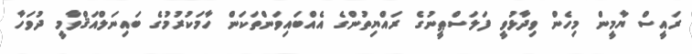
ރައީސް ޔާމީން މިހެން ވިދާޅުވީ ފަލަސްޠީނުގެ ރައްޔިތުންގެ އެއްބައިވަންތަކަން ހާމަކުރުމުގެ ބައިނަލްއަޤްވާމީ ދުވަހާ